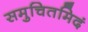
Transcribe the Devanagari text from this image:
समुचितमिदं